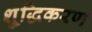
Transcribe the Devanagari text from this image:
शु्द्धिकरण